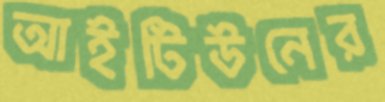
আইটিউনের